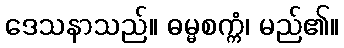
ဒေသနာသည်။ ဓမ္မစက္ကံ၊ မည်၏။